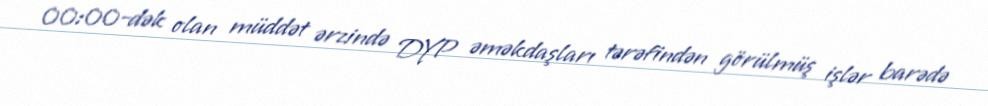
00:00-dək olan müddət ərzində DYP əməkdaşları tərəfindən görülmüş işlər barədə